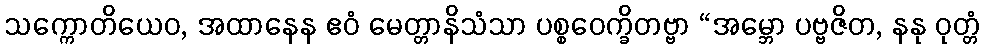
သက္ကောတိယေဝ, အထာနေန ဧဝံ မေတ္တာနိသံသာ ပစ္စဝေက္ခိတဗ္ဗာ “အမ္ဘော ပဗ္ဗဇိတ, နနု ဝုတ္တံ